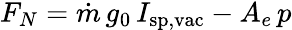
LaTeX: F_{N}={\dot{m}}\, g_{0}\, I_{\mathrm{sp,vac}}-A_{e}\, p